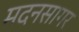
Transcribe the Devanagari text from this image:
मदनसागर